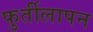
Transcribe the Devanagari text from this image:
फुर्तीलापन